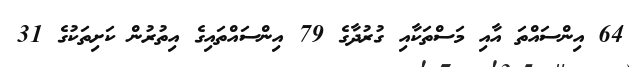
64 އިންސައްތަ އާއި މަސްތަކާއި ގުރުދާގެ 79 އިންސައްތައިގެ އިތުރުން ކަށިތަކުގެ 31